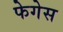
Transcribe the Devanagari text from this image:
फेगेस